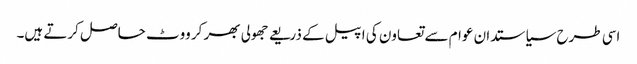
اسی طرح سیاستدان عوام سے تعاون کی اپیل کے ذریعے جھولی بھر کر ووٹ حاصل کرتے ہیں۔